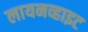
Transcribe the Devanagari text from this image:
लायनव्हाइट